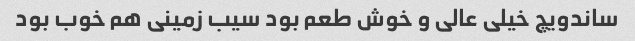
ساندویچ خیلی عالی و خوش طعم بود سیب زمینی هم خوب بود